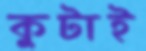
কুটাই